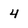
Character: 4